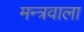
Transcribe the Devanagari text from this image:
मन्त्रवाला